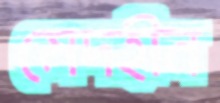
মেদহীন